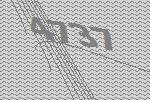
4737